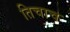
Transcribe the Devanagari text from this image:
तिचाच